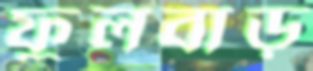
ফুলবাড়